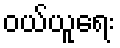
ဝယ်ယူရေး